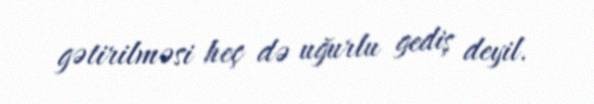
gətirilməsi heç də uğurlu gediş deyil.